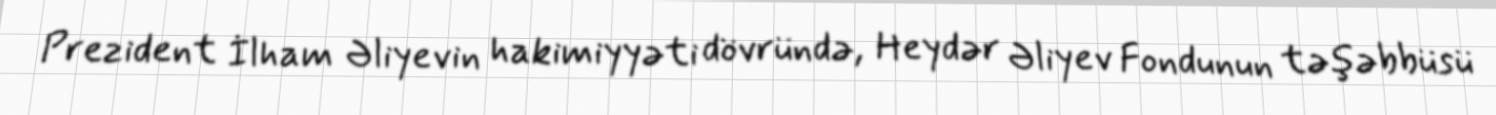
Prezident İlham Əliyevin hakimiyyəti dövründə, Heydər Əliyev Fondunun təşəbbüsü